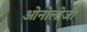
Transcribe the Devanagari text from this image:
ओनोलोजी